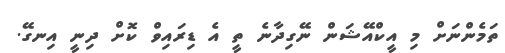
ތަމެންނަށް މި އީކްއޭޝަން ނޭގިދާނެ ތީ އެ ޑިރައިވް ކޮށް ދިނީ އިނގޭ.